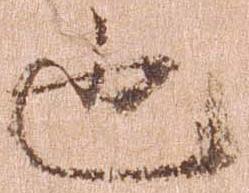
也